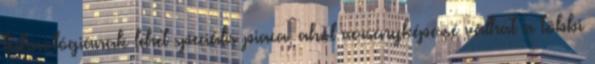
technológiának lehet speciális piaca, ahol versenyképessé válhat a többi